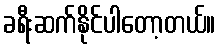
ခရီးဆက်နိုင်ပါတော့တယ်။